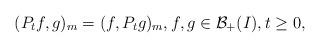
LaTeX: \begin{align*}(P_tf,g)_m=(f,P_tg)_m,f,g\in \mathcal{B}_+(I), t\geq 0,\end{align*}